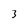
Character: 3